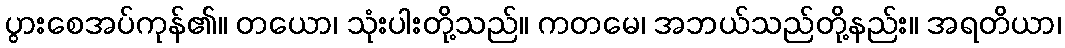
ပွားစေအပ်ကုန်၏။ တယော၊ သုံးပါးတို့သည်။ ကတမေ၊ အဘယ်သည်တို့နည်း။ အရတိယာ၊